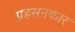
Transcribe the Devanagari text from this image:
प्रहसनकार